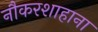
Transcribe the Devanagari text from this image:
नौकरशाहाना